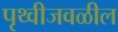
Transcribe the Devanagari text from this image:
पृथ्वीजवळील